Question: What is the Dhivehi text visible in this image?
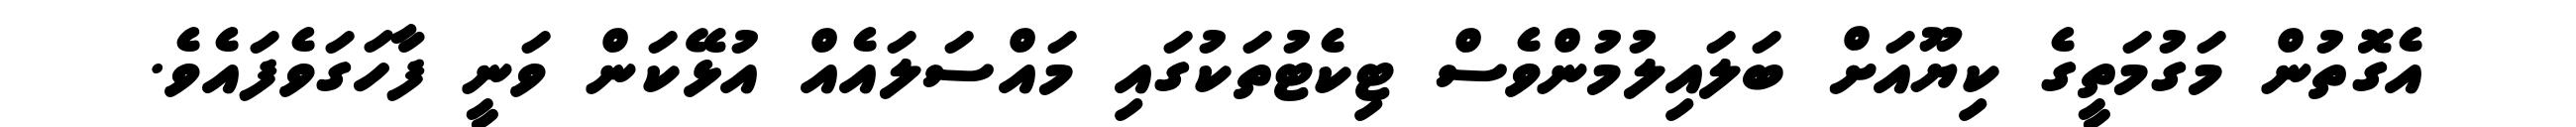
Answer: އެގޮތުން މަގުމަތީގެ ކިޔޫއަށް ބަލައިލުމުންވެސް ޓިކެޓުތަކުގައި މައްސަލައެއް އުޅޭކަން ވަނީ ފާހަގަވެފައެވެ.